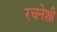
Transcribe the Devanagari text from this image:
रचनेशी